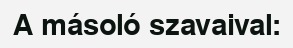
A másoló szavaival: